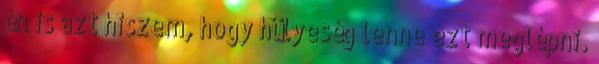
én is azt hiszem, hogy hülyeség lenne ezt meglépni.